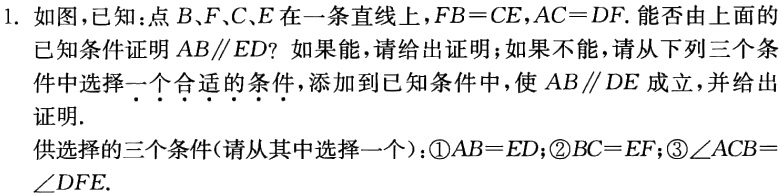
1. 如图，已知：点\(B、F、C、E\)在一条直线上，\(FB = CE\)，\(AC = DF\). 能否由上面的已知条件证明\(AB\parallel ED\)？如果能，请给出证明；如果不能，请从下列三个条件中选择一个合适的条件，添加到已知条件中，使\(AB\parallel DE\)成立，并给出证明.
供选择的三个条件(请从其中选择一个)：\textcircled{1}\(AB = ED\)；\textcircled{2}\(BC = EF\)；\textcircled{3}\(\angle ACB=\angle DFE\).